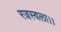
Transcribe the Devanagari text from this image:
रजस्वला।।